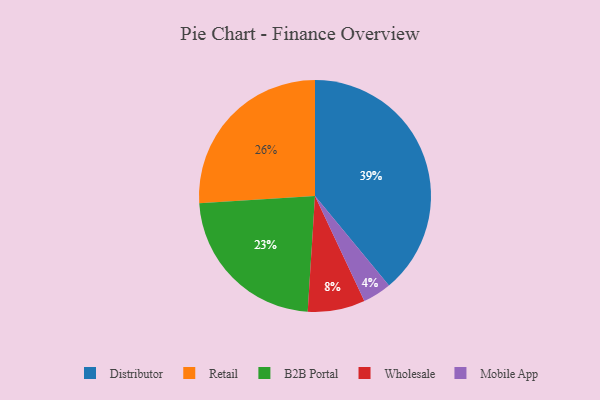
{"axis": {"x": "Category", "y": "Percentage"}, "legend": ["B2B Portal", "Distributor", "Mobile App", "Retail", "Wholesale"], "data": [{"x": "Mobile App", "y": 4, "type": "Mobile App"}, {"x": "Retail", "y": 26, "type": "Retail"}, {"x": "B2B Portal", "y": 23, "type": "B2B Portal"}, {"x": "Wholesale", "y": 8, "type": "Wholesale"}, {"x": "Distributor", "y": 39, "type": "Distributor"}]}